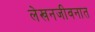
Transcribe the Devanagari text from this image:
लेखनजीवनात